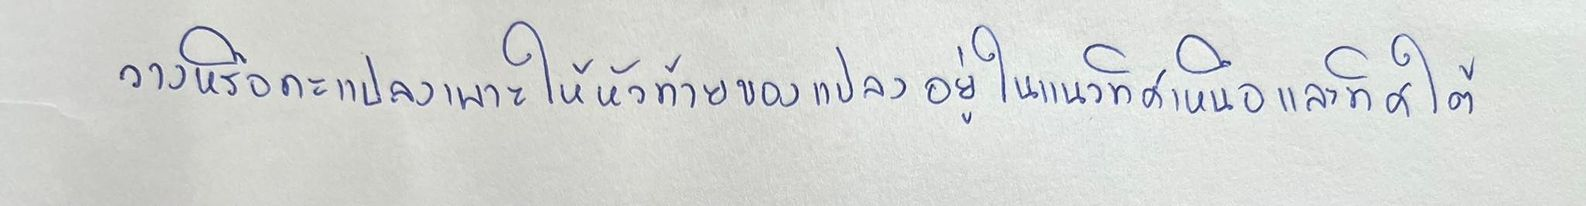
วางหรือกะแปลงเพาะให้หัวท้ายของแปลงอยู่ในแนวทิศเหนือและทิศใต้